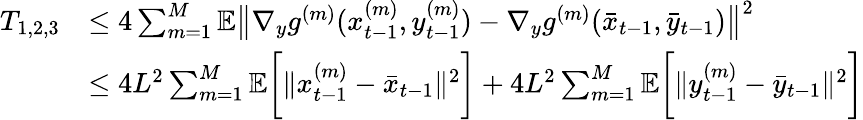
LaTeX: \begin{array}{rl}{T_{1,2,3}}&{\leq 4\sum_{m=1}^{M}\mathbb{E}\big\| \nabla_{y}g^{(m)}(x_{t-1}^{(m)},y_{t-1}^{(m)})-\nabla_{y}g^{(m)}(\bar{x}_{t-1},\bar{y}_{t-1})\big\| ^{2}}\\ &{\leq 4L^{2}\sum_{m=1}^{M}\mathbb{E}\bigg[\| x_{t-1}^{(m)}-\bar{x}_{t-1}\| ^{2}\bigg]+4L^{2}\sum_{m=1}^{M}\mathbb{E}\bigg[\| y_{t-1}^{(m)}-\bar{y}_{t-1}\| ^{2}\bigg]}\end{array}